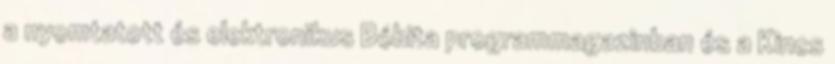
a nyomtatott és elektronikus Bóbita programmagazinban és a Kincs